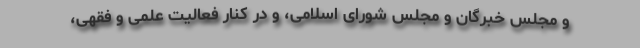
و مجلس خبرگان و مجلس شورای اسلامی، و در کنار فعالیت علمی و فقهی،